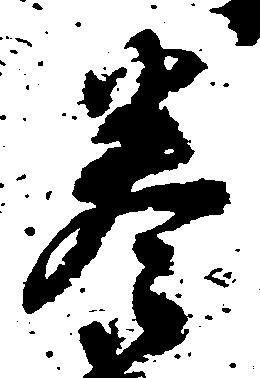
巻